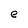
Character: e